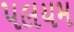
પલયમ